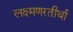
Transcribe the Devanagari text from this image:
लक्ष्मणरतीर्था